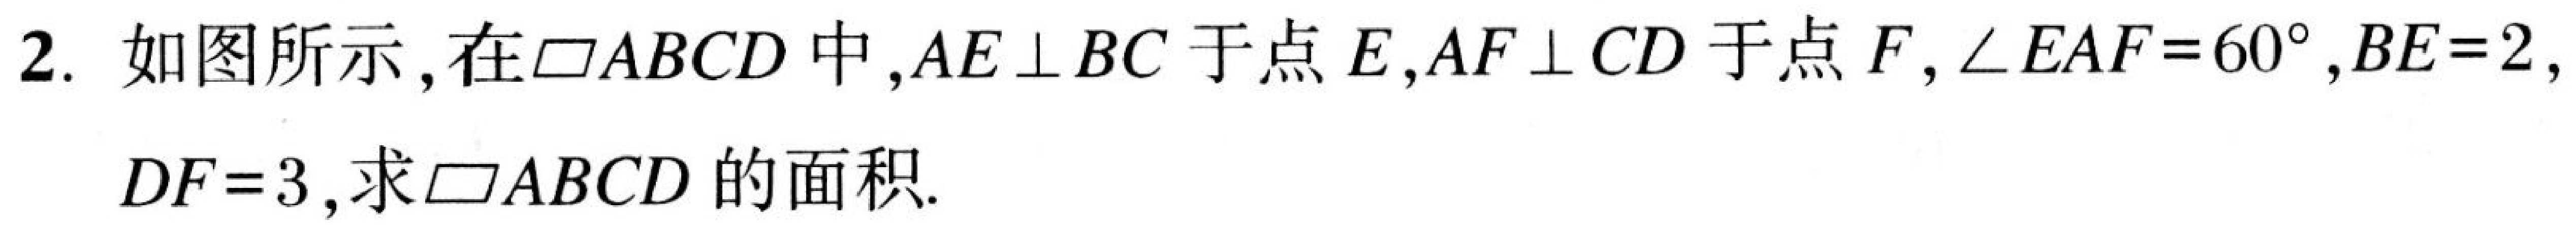
2. 如图所示，在$\square ABCD$中，$AE\perp BC$于点$E$，$AF\perp CD$于点$F$，$\angle EAF = 60^{\circ}$，$BE = 2$，$DF = 3$，求$\square ABCD$的面积.